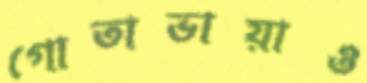
গোতাভায়াও